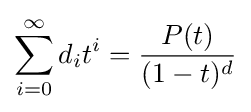
\sum _{i=0}^{\infty }d_{i}t^{i}={\frac {P(t)}{(1-t)^{d}}}